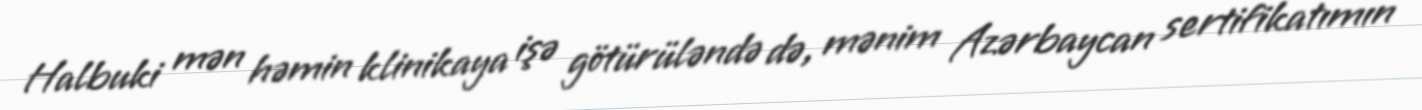
Halbuki mən həmin klinikaya işə götürüləndə də, mənim Azərbaycan sertifikatımın